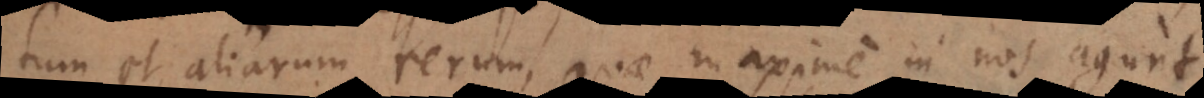
tum et aliarum rerum, quae maxime in nos agunt,